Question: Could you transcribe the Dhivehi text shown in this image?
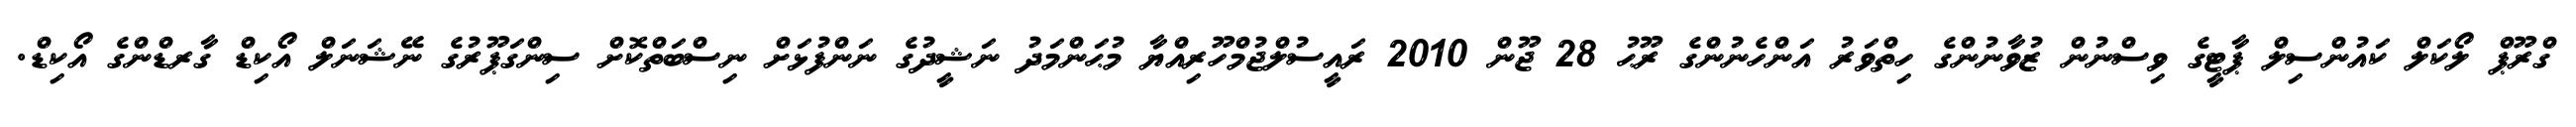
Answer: ގްރޫޕް ލޯކަލް ކައުންސިލް ޕާޓީގެ ވިސްނުން ޒުވާނުންގެ ހިތްވަރު އަންހެނުންގެ ރޫޙު 28 ޖޫން 2010 ރައީސުލްޖުމްހޫރިއްޔާ މުޙަންމަދު ނަޝީދުގެ ނަންފުޅަށް ނިސްބަތްކޮށް ސިންގަޕޫރުގެ ނޭޝަނަލް އޯކިޑް ގާރޑްންގެ އޯކިޑް.